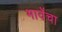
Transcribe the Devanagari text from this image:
भावेंचा